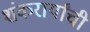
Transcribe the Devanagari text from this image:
शंकरार्यांची